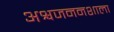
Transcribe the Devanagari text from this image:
अश्वजननशाला